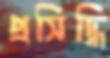
প্রসিদ্ধি